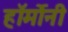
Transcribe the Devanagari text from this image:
हॉर्मोनी